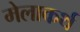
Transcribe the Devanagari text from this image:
मेलाकर्थ